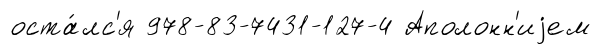
оста́лс'я 978-83-7431-127-4 Аполонн'иjем